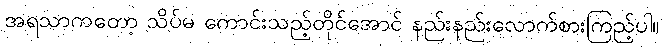
အရသာကတော့ သိပ်မ ကောင်းသည့်တိုင်အောင် နည်းနည်းလောက်စားကြည့်ပါ။